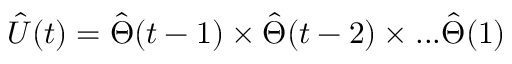
\hat { U } ( t ) = \hat { \Theta } ( t - 1 ) \times \hat { \Theta } ( t - 2 ) \times . . . \hat { \Theta } ( 1 )